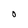
Character: 0